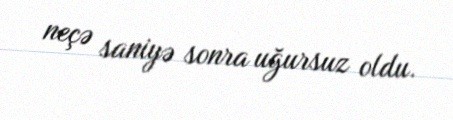
neçə saniyə sonra uğursuz oldu.